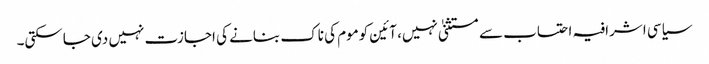
سیاسی اشرافیہ احتساب سے مستثنیٰ نہیں، آئین کوموم کی ناک بنانے کی اجازت نہیں دی جاسکتی۔